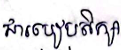
ជារបៀបសិក្សា